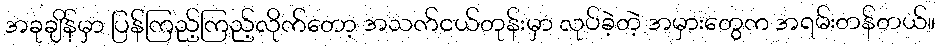
အခုချိန်မှာ ပြန်ကြည့်ကြည့်လိုက်တော့ အသက်ငယ်တုန်းမှာ လုပ်ခဲ့တဲ့ အမှားတွေက အရမ်းတန်တယ်။